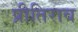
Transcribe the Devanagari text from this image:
प्रीतिराव